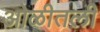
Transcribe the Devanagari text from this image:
ओळीतली